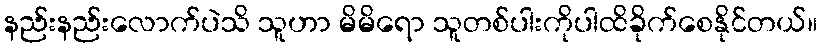
နည်းနည်းလောက်ပဲသိ သူဟာ မိမိရော သူတစ်ပါးကိုပါထိခိုက်စေနိုင်တယ်။